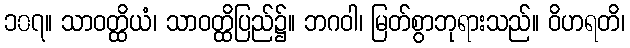
၁၀၇။ သာဝတ္ထိယံ၊ သာဝတ္ထိပြည်၌။ ဘဂဝါ၊ မြတ်စွာဘုရားသည်။ ဝိဟရတိ၊